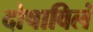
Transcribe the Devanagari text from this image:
दोषाविलं